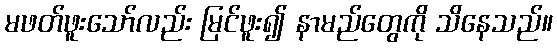
မဖတ်ဖူးသော်လည်း မြင်ဖူး၍ နာမည်တွေကို သိနေသည်။